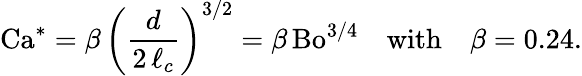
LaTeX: \mathrm{Ca^{*}}=\beta\, \left(\frac{d}{2\, \ell_{c}}\right)^{3/2}=\beta\, \mathrm{Bo}^{3/4}\quad\mathrm{with}\quad\beta=0.24.